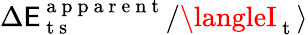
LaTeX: \Delta\mathsf{E}_{\mathrm{{~t~s~}}}^{\mathrm{{~a~p~p~a~r~e~n~t~}}}/\langleI_{\mathrm{{~t~}}}\rangle